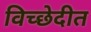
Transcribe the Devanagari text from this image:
विच्छेदीत